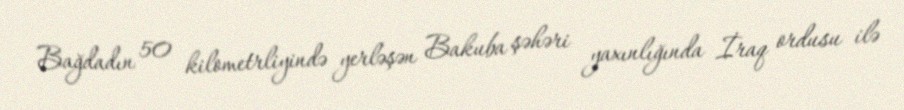
Bağdadın 50 kilometrliyində yerləşən Bakuba şəhəri yaxınlığında İraq ordusu ilə